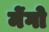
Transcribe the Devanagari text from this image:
मेंगो